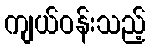
ကျယ်ဝန်းသည့်